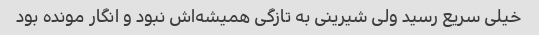
خیلی سریع رسید ولی شیرینی به تازگی همیشه‌اش نبود و انگار مونده بود